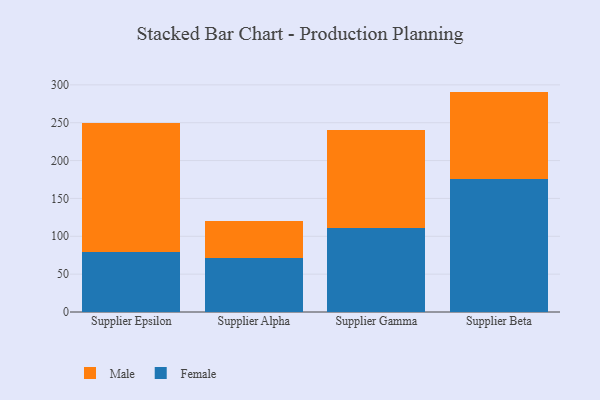
{"axis": {"x": "Supplier", "y": "Production Output"}, "legend": ["Female", "Male"], "data": [{"x": "Supplier Epsilon", "y": 79.9, "type": "Female"}, {"x": "Supplier Epsilon", "y": 169.7, "type": "Male"}, {"x": "Supplier Alpha", "y": 71.3, "type": "Female"}, {"x": "Supplier Alpha", "y": 49.4, "type": "Male"}, {"x": "Supplier Gamma", "y": 111.3, "type": "Female"}, {"x": "Supplier Gamma", "y": 128.7, "type": "Male"}, {"x": "Supplier Beta", "y": 175.3, "type": "Female"}, {"x": "Supplier Beta", "y": 115.8, "type": "Male"}]}